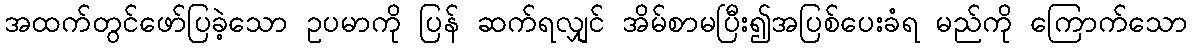
အထက်တွင်ဖော်ပြခဲ့သော ဥပမာကို ပြန် ဆက်ရလျှင် အိမ်စာမပြီး၍အပြစ်ပေးခံရ မည်ကို ကြောက်သော